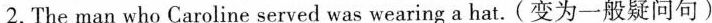
2.The man who Caroline served was wearing a hat. (变为一般疑问句)